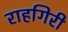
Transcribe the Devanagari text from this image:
राहगिरी